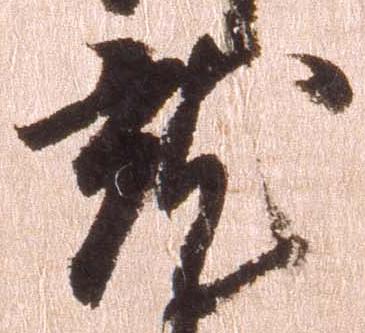
就